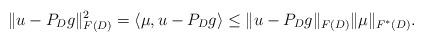
LaTeX: \begin{align*}\|u-P_Dg\|^2_{F(D)}=\langle \mu,u-P_Dg\rangle\le\|u-P_Dg\|_{F(D)}\|\mu\|_{F^*(D)}.\end{align*}